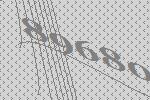
89680